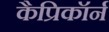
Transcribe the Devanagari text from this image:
कैप्रिकॉर्न